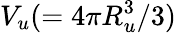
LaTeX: V_{u}(=4\pi R_{u}^{3}/3)